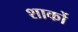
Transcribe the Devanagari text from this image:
शार्को